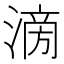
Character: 𣹿